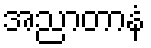
အညာတာနံ